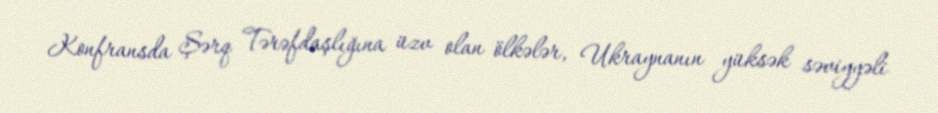
Konfransda Şərq Tərəfdaşlığına üzv olan ölkələr, Ukraynanın yüksək səviyyəli